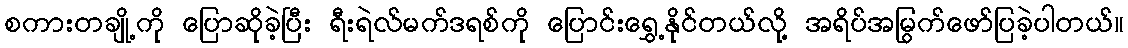
စကားတချို့ကို ပြောဆိုခဲ့ပြီး ရီးရဲလ်မက်ဒရစ်ကို ပြောင်းရွှေ့နိုင်တယ်လို့ အရိပ်အမြွက်ဖော်ပြခဲ့ပါတယ်။